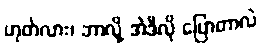
ဟုတ်လား၊ ဘာလို့ အဲဒီလို ပြောတာလဲ